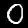
Digit: 0